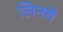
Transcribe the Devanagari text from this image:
लिनचे